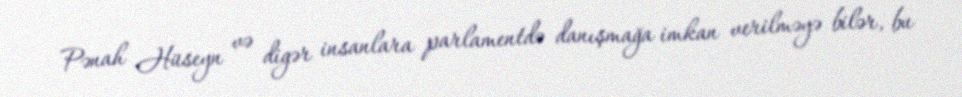
Pənah Hüseyn və digər insanlara parlamentdə danışmağa imkan verilməyə bilər, bu